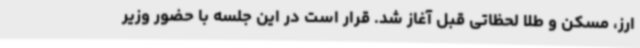
ارز، مسکن و طلا لحظاتی قبل آغاز شد. قرار است در این جلسه با حضور وزیر